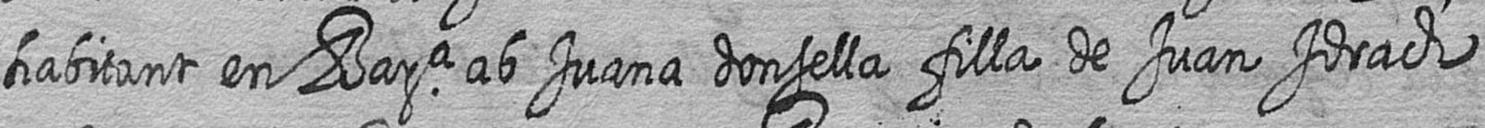
habitant en Bara ab Juana donsella filla de Juan Idrach